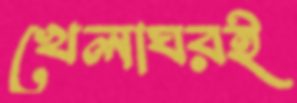
খেলাঘরই